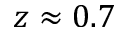
z \approx 0 . 7